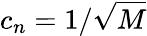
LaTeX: c_{n}=1/\sqrt{M}